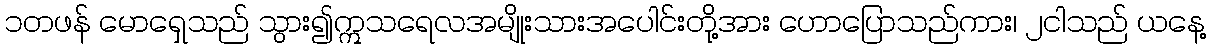
၁တဖန် မောရှေသည် သွား၍ဣသရေလအမျိုးသားအပေါင်းတို့အား ဟောပြောသည်ကား၊ ၂ငါသည် ယနေ့